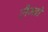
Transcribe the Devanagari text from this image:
लैम्ब्रो